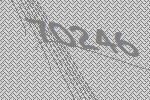
70246